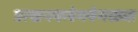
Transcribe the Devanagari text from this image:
उत्खनकवेगवेगळ्या